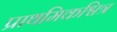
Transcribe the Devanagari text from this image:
प्राथमिकश्वित्र